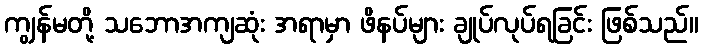
ကျွန်မတို့ သဘောအကျဆုံး အရာမှာ ဖိနပ်များ ချုပ်လုပ်ရခြင်း ဖြစ်သည်။